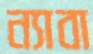
ন্যাবা